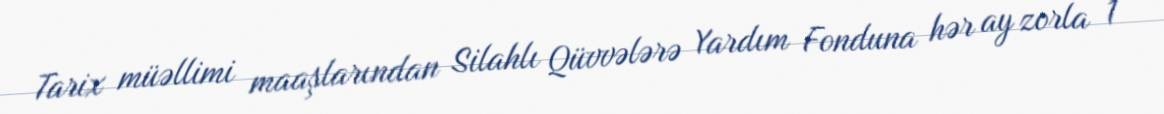
Tarix müəllimi maaşlarından Silahlı Qüvvələrə Yardım Fonduna hər ay zorla 1